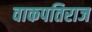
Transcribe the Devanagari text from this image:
वाकपतिराज